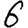
Digit: 6